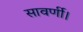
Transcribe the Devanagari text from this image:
सावर्णी।